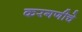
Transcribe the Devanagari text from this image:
करगणीचे